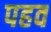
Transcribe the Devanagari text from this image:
पहव